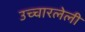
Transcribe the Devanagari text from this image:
उच्चारलेली